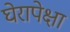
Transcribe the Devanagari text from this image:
घेरापेक्षा